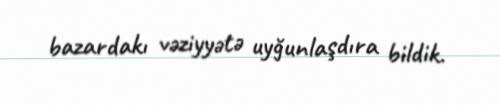
bazardakı vəziyyətə uyğunlaşdıra bildik.